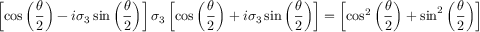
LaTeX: \left[ \cos \left( { \frac { \theta } { 2 } } \right) - i \sigma _ { 3 } \sin \left( { \frac { \theta } { 2 } } \right) \right] \sigma _ { 3 } \left[ \cos \left( { \frac { \theta } { 2 } } \right) + i \sigma _ { 3 } \sin \left( { \frac { \theta } { 2 } } \right) \right] = \left[ \cos ^ { 2 } \left( { \frac { \theta } { 2 } } \right) + \sin ^ { 2 } \left( { \frac { \theta } { 2 } } \right) \right] \sigma _ { 3 } = \sigma _ { 3 } .